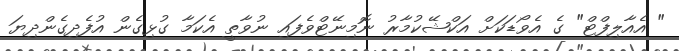
" އެއާލިފްޓް" ގެ އެވޯޑަކަށް އަކްޝޭކުމާރު ނޮމިނޭޓްވެފައި ނުވާތީ އެކަމާ ގުޅިގެން އުފެދިގެންދިޔަ